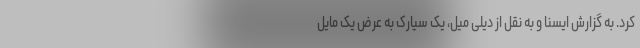
کرد. به گزارش ایسنا و به نقل از دیلی میل، یک سیارک به عرض یک مایل